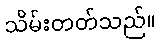
သိမ်းတတ်သည်။